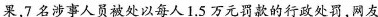
果，7名涉事人员被处以每人1.5万元罚款的行政处罚，网友